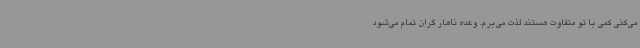
می‌کنی کمی با تو متفاوت هستند لذت می‌برم. وعده ناهار گران تمام می‌شود